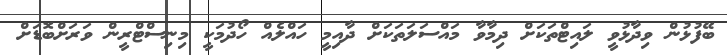
ބޭފުޅުން ވިދާޅުވީ ލައިޓްތަކަށް ދިމާވާ މައްސަލަތަކަށް ދާއިމީ ހައްލެއް ހޯދުމަކީ މިނިސްޓްރީން ވަރަށްބޮޑަށް